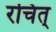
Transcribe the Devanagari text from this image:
रचित्